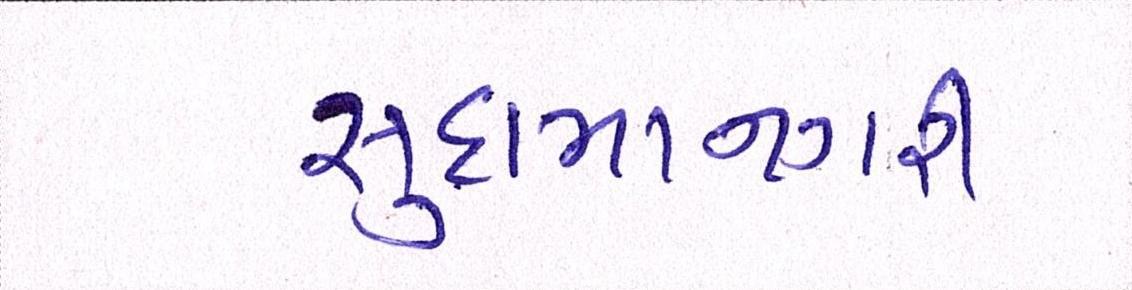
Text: સુદામાનગરી